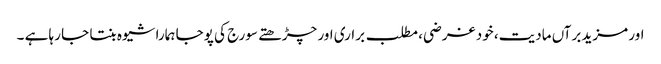
اور مزید برآں مادیت، خود غرضی، مطلب براری اور چڑھتے سورج کی پوجا ہمارا شیوہ بنتا جا رہا ہے ۔